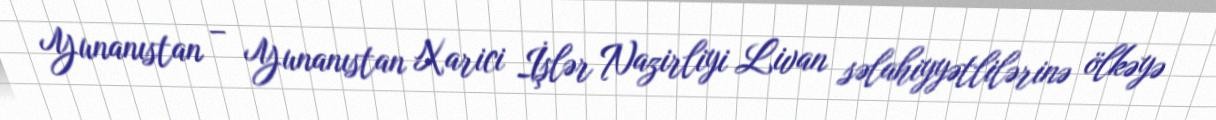
Yunanıstan – Yunanıstan Xarici İşlər Nazirliyi Livan səlahiyyətlilərinə ölkəyə